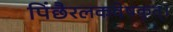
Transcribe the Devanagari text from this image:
पिंछैरलकवेषकृत्‌।